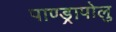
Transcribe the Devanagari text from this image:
पाण्ड्रापोलु